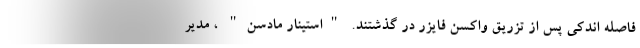
فاصله اندکی پس از تزریق واکسن فایزر در گذشتند. "استینار مادسن" ، مدیر